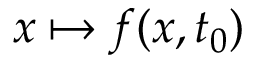
x \mapsto f ( x , t _ { 0 } )